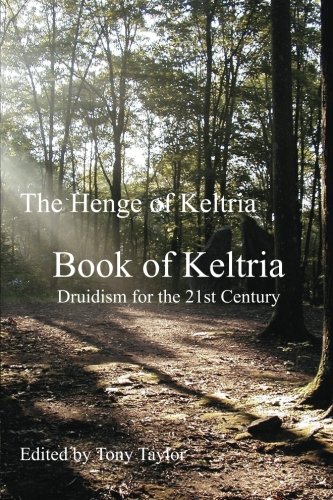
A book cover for Book of Keltria: Druidism for the 21st Century; The Henge of Keltria; Religion & Spirituality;